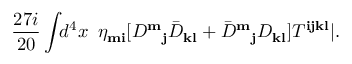
\frac { 2 7 i } { 2 0 } \int \! \! d ^ { 4 } x \, \, \, \eta _ { { \mathbf m } { \mathbf i } } [ D ^ { \mathbf m } { } _ { { \mathbf j } } { \bar { D } } _ { { \mathbf k } { \mathbf l } } + { \bar { D } } ^ { \mathbf m } { } _ { { \mathbf j } } D _ { { \mathbf k } { \mathbf l } } ] T ^ { { \mathbf i } { \mathbf j } { \mathbf k } { \mathbf l } } | .